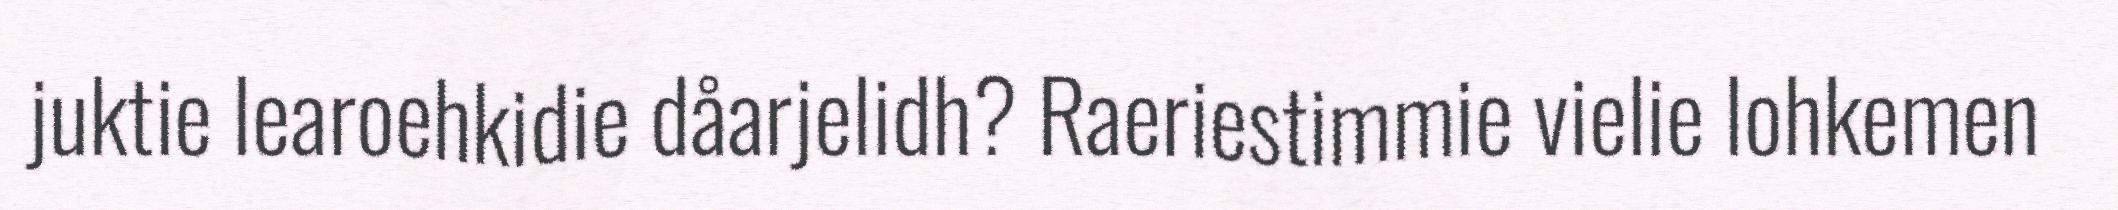
juktie learoehkidie dåarjelidh? Raeriestimmie vielie lohkemen